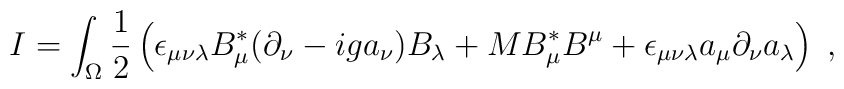
I = \int_\Omega\frac{1}{2}\left(\epsilon_{\mu\nu\lambda}B^*_\mu(\partial_\nu - iga_\nu)B_\lambda+MB^*_\mu B^\mu+ \epsilon_{\mu\nu\lambda}a_\mu\partial_\nu a_\lambda\right)\;,